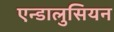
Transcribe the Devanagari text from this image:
एन्डालुसियन